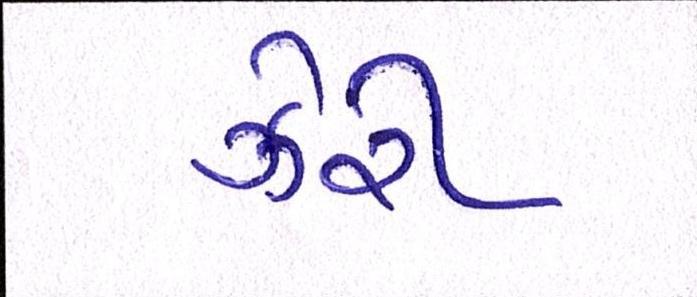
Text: ઝેરી